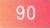
\(90\)